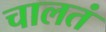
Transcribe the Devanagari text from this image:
चालतं